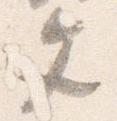
文